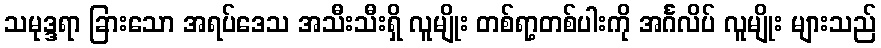
သမုဒ္ဒရာ ခြားသော အရပ်ဒေသ အသီးသီးရှိ လူမျိုး တစ်ရာ့တစ်ပါးကို အင်္ဂလိပ် လူမျိုး များသည်